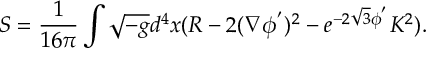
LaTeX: S = \frac { 1 } { 1 6 \pi } \int \sqrt { - g } d ^ { 4 } x ( R - 2 ( \nabla \phi ^ { ' } ) ^ { 2 } - e ^ { - 2 \sqrt { 3 } \phi ^ { ' } } K ^ { 2 } ) .